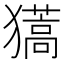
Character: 𤢨